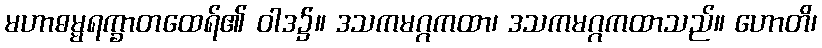
မဟာဓမ္မရက္ခာတထေရ်၏ ဝါဒ၌။ ဒသကမဂ္ဂကထာ၊ ဒသကမဂ္ဂကထာသည်။ ဟောတိ၊